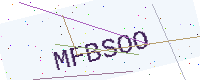
Text: MFBSOO